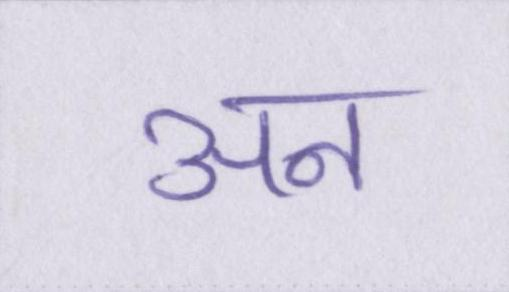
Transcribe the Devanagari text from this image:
अन